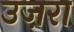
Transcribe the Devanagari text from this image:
उज़रा